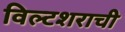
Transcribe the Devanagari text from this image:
विल्टशराची